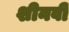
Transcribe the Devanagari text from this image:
शीनवी